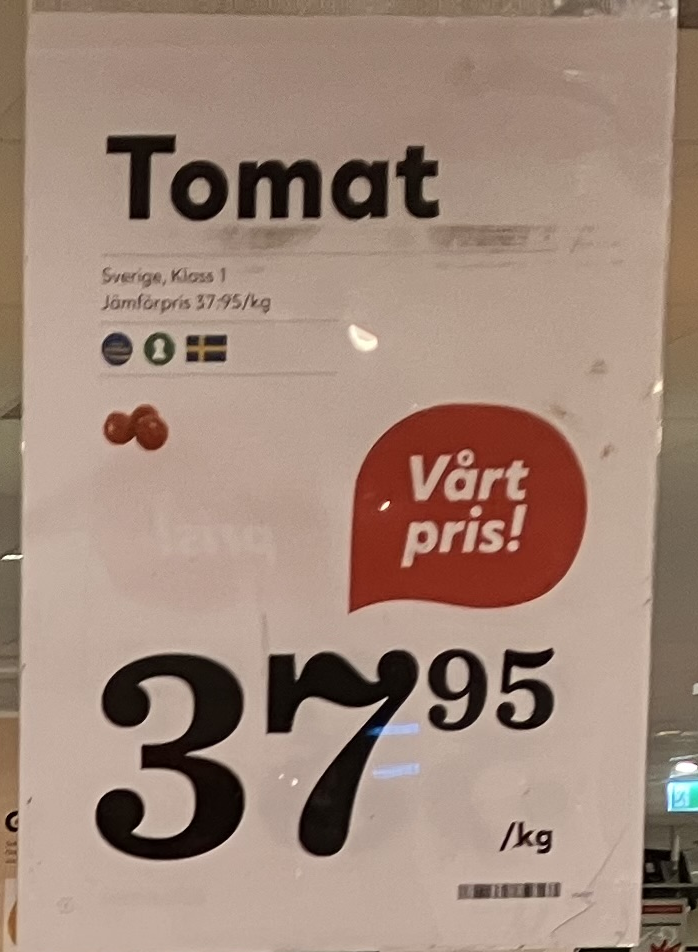
Vara: Tomat
Genomsnittspris: 37.95 per kg